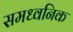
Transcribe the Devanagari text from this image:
समध्वनिक